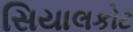
સિયાલકોટ